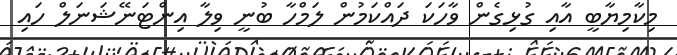
މިކާމިޔާބީ އާއި ގުޅިގެން ވާހަކަ ދައްކަމުން ލަމްހާ ބުނީ ވިލާ އިންޓަނޭޝަނަލް ހައި